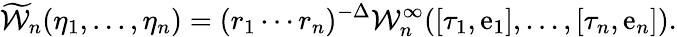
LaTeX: \widetilde{\cal W}_{n}(\eta_{1},...,\eta_{n})=(r_{1}\cdots r_{n})^{-\Delta}{\cal W}_{n}^{\infty}([\tau_{1},\mathrm{e}_{1}],...,[\tau_{n},\mathrm{e}_{n}]).